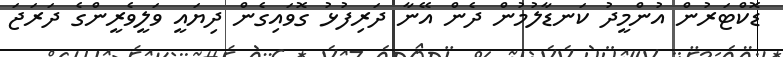
ޑޮކްޓަރުން އުންމީދު ކަނޑާލުމުން ދެން އޭނާ ދަރިފުޅު ގޮވައިގެން ދިޔައީ ވަލީވެރީންގެ ދަރަޖަ